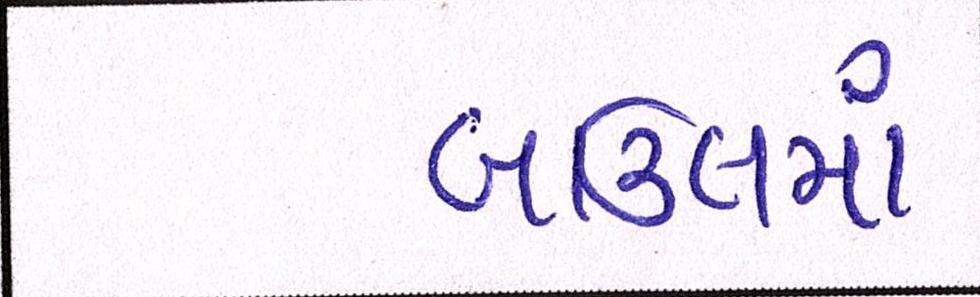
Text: બાઉલમાં